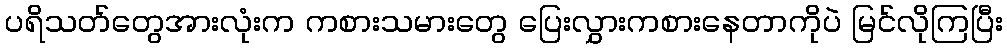
ပရိသတ်တွေအားလုံးက ကစားသမားတွေ ပြေးလွှားကစားနေတာကိုပဲ မြင်လိုကြပြီး